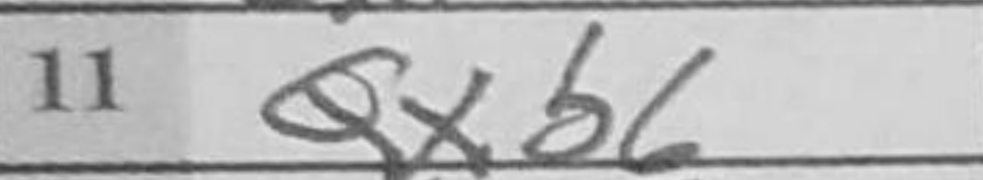
Transcription: Qxb6